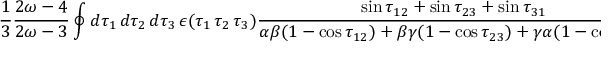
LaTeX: \frac { 1 } { 3 } \frac { 2 \omega - 4 } { 2 \omega - 3 } \oint d \tau _ { 1 } \, d \tau _ { 2 } \, d \tau _ { 3 } \, \epsilon ( \tau _ { 1 } \, \tau _ { 2 } \, \tau _ { 3 } ) \frac { \sin \tau _ { 1 2 } + \sin \tau _ { 2 3 } + \sin \tau _ { 3 1 } } { \alpha \beta ( 1 - \cos \tau _ { 1 2 } ) + \beta \gamma ( 1 - \cos \tau _ { 2 3 } ) + \gamma \alpha ( 1 - \cos \tau _ { 1 3 } ) } .